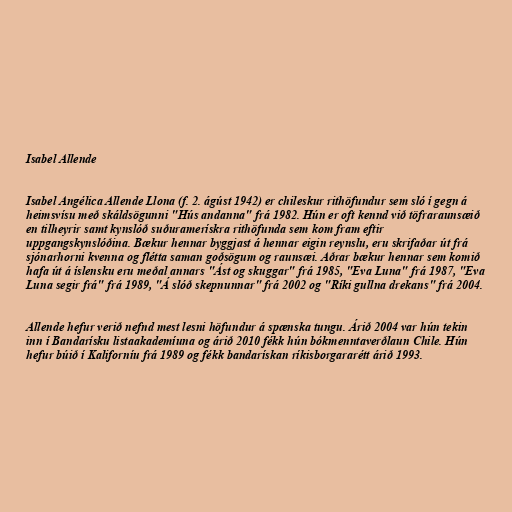
Isabel Allende

Isabel Angélica Allende Llona (f. 2. ágúst 1942) er chileskur rithöfundur sem sló í gegn á
heimsvísu með skáldsögunni "Hús andanna" frá 1982. Hún er oft kennd við töfraraunsæið
en tilheyrir samt kynslóð suðuramerískra rithöfunda sem kom fram eftir
uppgangskynslóðina. Bækur hennar byggjast á hennar eigin reynslu, eru skrifaðar út frá
sjónarhorni kvenna og flétta saman goðsögum og raunsæi. Aðrar bækur hennar sem komið
hafa út á íslensku eru meðal annars "Ást og skuggar" frá 1985, "Eva Luna" frá 1987, "Eva
Luna segir frá" frá 1989, "Á slóð skepnunnar" frá 2002 og "Ríki gullna drekans" frá 2004.

Allende hefur verið nefnd mest lesni höfundur á spænska tungu. Árið 2004 var hún tekin
inn í Bandarísku listaakademíuna og árið 2010 fékk hún bókmenntaverðlaun Chile. Hún
hefur búið í Kaliforníu frá 1989 og fékk bandarískan ríkisborgararétt árið 1993.